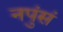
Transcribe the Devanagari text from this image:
नपुंसं